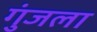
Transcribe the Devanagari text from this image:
गुंजला